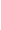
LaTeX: Z\! \! \! \! \! \! \! \! \! \! \! \! _{\! }\! \! \! \! \! \! \! \! \! \! \! 1\! \! \! \! \! \! \! \! \! \! \! \! (\! \! \! \! \! \! \! \! \! \! \! \! \cdot\! \! \! \! \! \! \! \! \! \! \! \! ;\! \! \! \! \! \! \! \! \! \! \! \! \delta\! \! \! \! \! \! \! \! \! \! \! \! )\! \! \! \! \! \! \! \! \! \! \! \! =\! \! \! \! \! \! \! \! \! \! \! \! (F\! \! \! \! \! \! \! \! \! \! \! \! ^{\! }\! \! \! \! \! \! \! \! \! \! \! +\! \! \! \! \! \! \! \! \! \! \! \! _{\! }\! \! \! \! \! \! \! \! \! \! \! 1\! \! \! \! \! \! \! \! \! \! \! \! (\! \! \! \! \! \! \! \! \! \! \! \! \cdot\! \! \! \! \! \! \! \! \! \! \! \! ;\! \! \! \! \! \! \! \! \! \! \! \! \delta\! \! \! \! \! \! \! \! \! \! \! \! )\! \! \! \! \! \! \! \! \! \! \! \! ,F\! \! \! \! \! \! \! \! \! \! \! \! ^{\! }\! \! \! \! \! \! \! \! \! \! \! -\! \! \! \! \! \! \! \! \! \! \! \! _{\! }\! \! \! \! \! \! \! \! \! \! \! 1\! \! \! \! \! \! \! \! \! \! \! \! (\! \! \! \! \! \! \! \! \! \! \! \! \cdot\! \! \! \! \! \! \! \! \! \! \! \! ;\! \! \! \! \! \! \! \! \! \! \! \! \delta\! \! \! \! \! \! \! \! \! \! \! \! )\! \! \! \! \! \! \! \! \! \! \! \! )\! \! \! \! \! \! \! \! \! \! \! \! _{f}\! \! \! \! \! \! \! \! \! \! \!